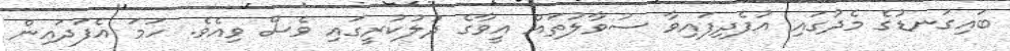
ބައިގަނޑުގެ މެދުގައި އުފެދިފައިވާ ސުވާލުތައް އީވާގެ ދުލުކުރީގައި ވެސް ވިއެވެ. ހަމަ އެފަދައިން